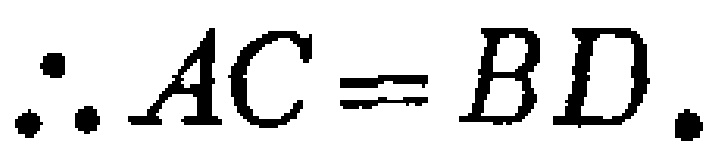
\(\therefore AC = BD.\)